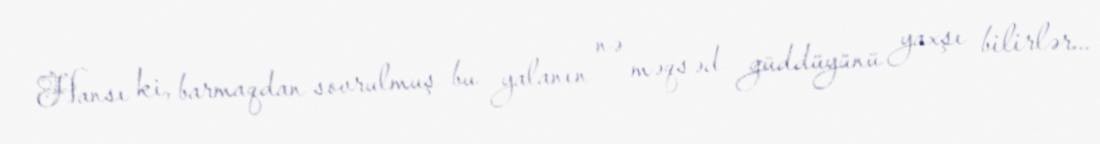
Hansı ki, barmaqdan sovrulmuş bu yalanın nə məqsəd güddüyünü yaxşı bilirlər...